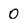
Character: 0